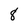
Character: 8